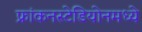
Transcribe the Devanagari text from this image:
फ्रांकनस्टेडियोनमध्ये